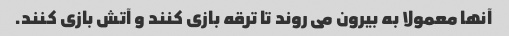
آنها معمولا به بیرون می روند تا ترقه بازی کنند و آتش بازی کنند.